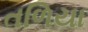
તળિયા